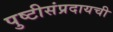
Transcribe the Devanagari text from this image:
पुष्टीसंप्रदायची